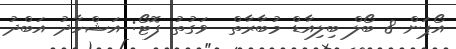
އޯޕަން 8 ބޯލް ބިލިއާޑް މުބާރާތް  ވަގުތު ފޮޓޯ: އަޝްހާދު އަބްދު